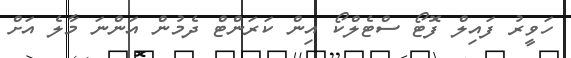
ހަވީރު ފައިލް ފޮޓޯ ސްޓެލްކޯ އިން ކަރަންޓް ދެމުން އަންނަ މާލެ އަށް